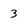
Character: 3